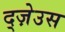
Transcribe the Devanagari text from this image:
द्ज़ेउस